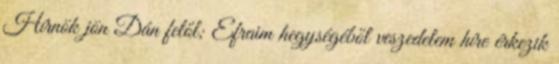
Hírnök jön Dán felől; Efraim hegységéből veszedelem híre érkezik